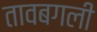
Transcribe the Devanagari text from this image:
तावबगली